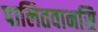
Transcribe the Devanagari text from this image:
पालितवानसि